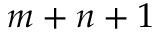
m + n + 1